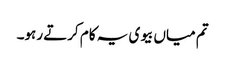
تم میاں بیوی یہ کام کرتے رہو۔